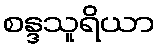
စန္ဒသူရိယာ